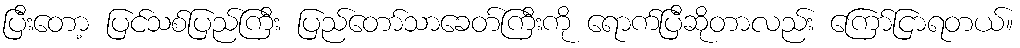
ပြီးတော့ ပြင်သစ်ပြည်ကြီး ပြည်တော်သာခေတ်ကြီးကို ရောက်ပြီဆိုတာလည်း ကြော်ငြာရတယ်။